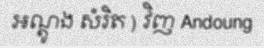
អណ្តូង សំរិត ) វិញ Andoung